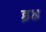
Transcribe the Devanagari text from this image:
इ४